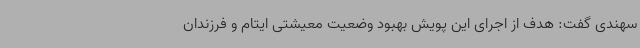
سهندی گفت: هدف از اجرای این پویش بهبود وضعیت معیشتی ایتام و فرزندان